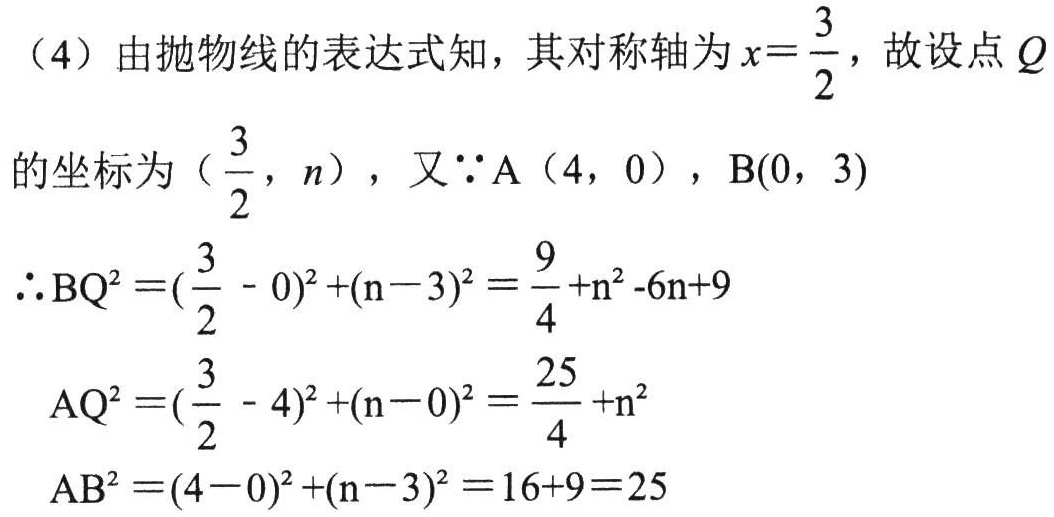
（4）由抛物线的表达式知，其对称轴为\(x = \frac{3}{2}\)，故设点\(Q\)
的坐标为\((\frac{3}{2}, n)\)，又\(\because A(4, 0)\)，\(B(0, 3)\)
\(\therefore BQ^{2}=(\frac{3}{2} - 0)^{2}+(n - 3)^{2}=\frac{9}{4}+n^{2}-6n + 9\)
\(AQ^{2}=(\frac{3}{2} - 4)^{2}+(n - 0)^{2}=\frac{25}{4}+n^{2}\)
\(AB^{2}=(4 - 0)^{2}+(n - 3)^{2}=16 + 9 = 25\)